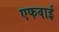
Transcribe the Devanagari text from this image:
एफवाई